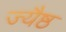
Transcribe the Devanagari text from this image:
ज्यैष्ठ